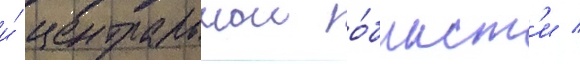
и́ центральнои о́бласт'и /